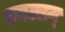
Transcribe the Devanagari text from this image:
ममल्लन्